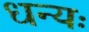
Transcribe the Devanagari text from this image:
धन्यः